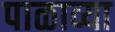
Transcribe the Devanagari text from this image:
पाळाव्या